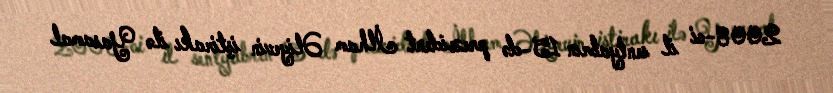
2008-ci il sentyabrın 15-də prezident İlham Əliyevin iştirakı ilə Yasamal